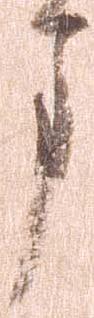
ま